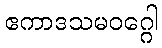
ဧကာဒသမဝဂ္ဂေါ